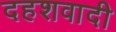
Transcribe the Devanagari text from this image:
दहशवादी